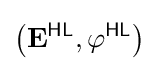
\left(\mathbf {E} ^{\textsf {HL}},\varphi ^{\textsf {HL}}\right)